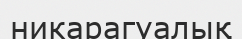
никарагуалық